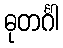
ဓုတင်္ဂါ